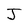
Character: J